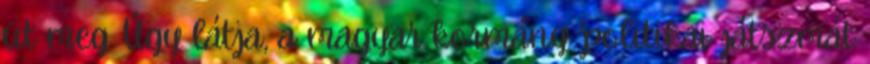
üt meg. Úgy látja, a magyar kormány 'politikai játszmát